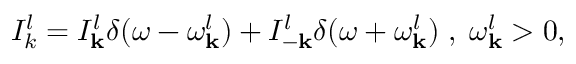
I _ { k } ^ { l } = I _ { \bf k } ^ { l } \delta ( \omega - { \omega } _ { \bf k } ^ { l } ) + I _ { - \bf k } ^ { l } \delta ( \omega + { \omega } _ { \bf k } ^ { l } ) \; , \; { \omega } _ { \bf k } ^ { l } > 0 ,